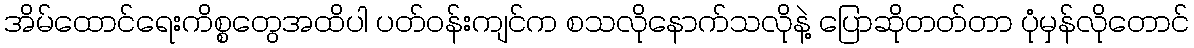
အိမ်ထောင်ရေးကိစ္စတွေအထိပါ ပတ်ဝန်းကျင်က စသလိုနောက်သလိုနဲ့ ပြောဆိုတတ်တာ ပုံမှန်လိုတောင်